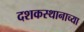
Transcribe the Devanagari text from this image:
दशकस्थानाच्या